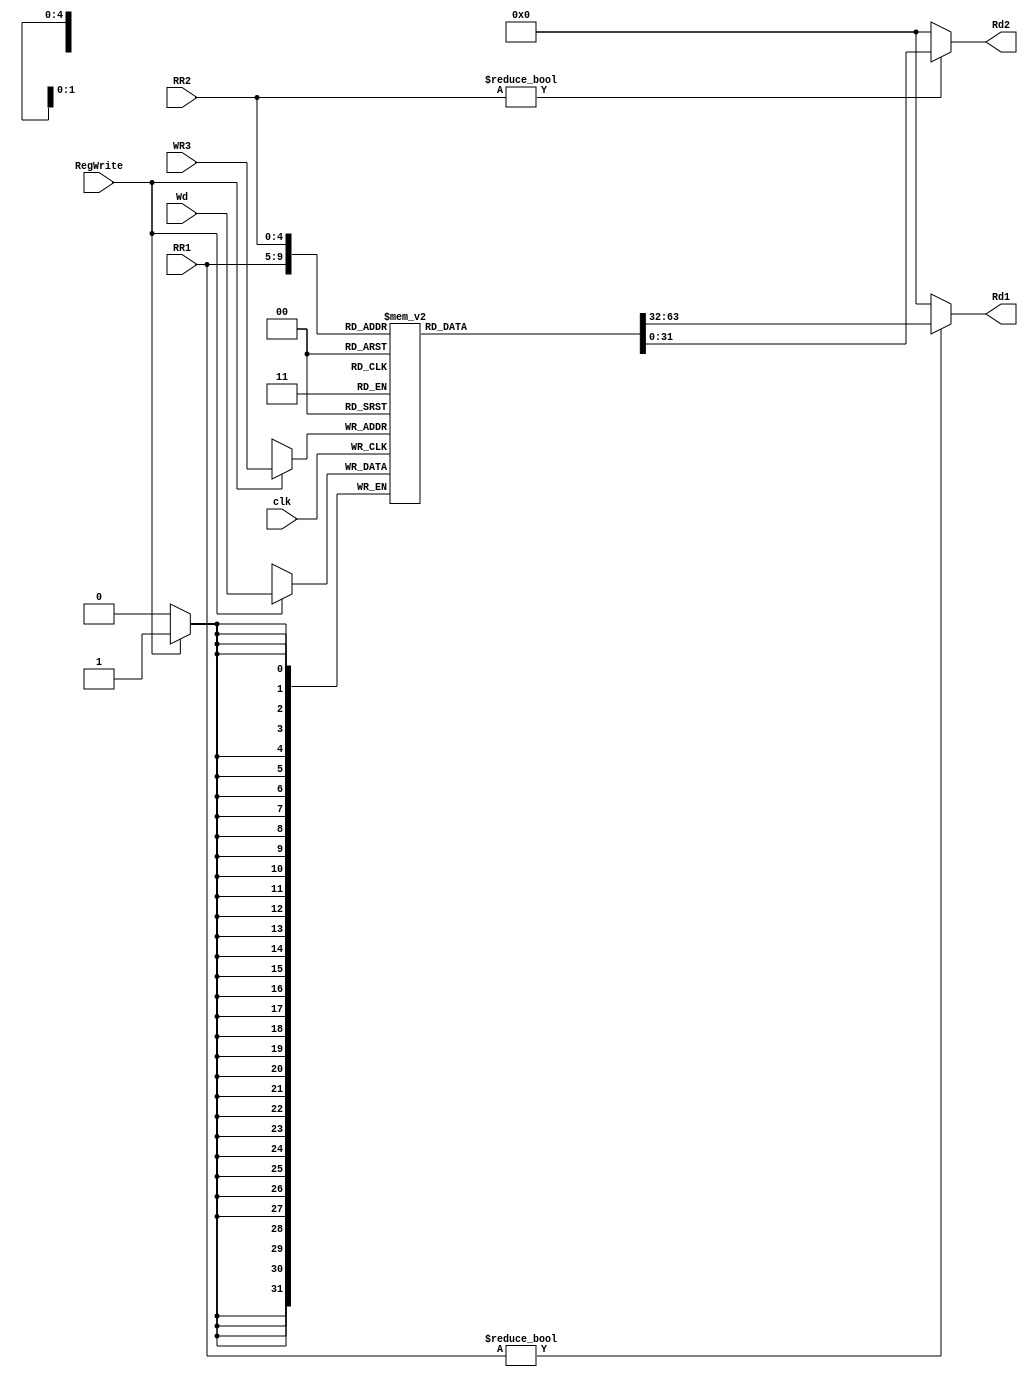
module gpr( clk , RegWrite , RR1 , RR2 , WR3 , Wd , Rd1 ,Rd2);
input clk ; //clock
input RegWrite ; //control signal
input [4:0] RR1 , RR2 , WR3 ; //ReadReg1 ReadReg2 WriteReg3 address
input [31:0] Wd ; //Writedata
output [31:0] Rd1 ,Rd2 ; //ReadData1,ReadData2

reg [31:0] RF[31:0] ;// RF:register file

assign Rd1 = (RR1 != 0) ? RF[RR1] : 0 ; //read data from RF
assign Rd2 = (RR2 != 0) ? RF[RR2] : 0 ; 

always @ (posedge clk)  // when RegWrite == 1  write data to WriteReg address register
if(RegWrite)
  RF[WR3] <= Wd ; 

endmodule